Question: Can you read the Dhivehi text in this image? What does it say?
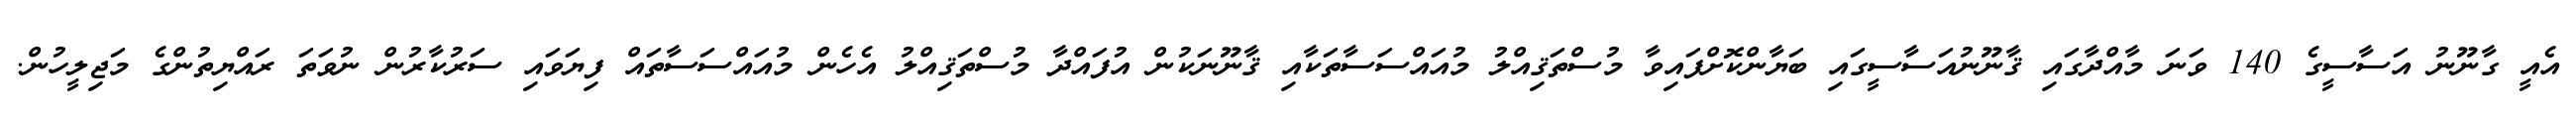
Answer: އެއީ ގާނޫނު އަސާސީގެ 140 ވަނަ މާއްދާގައި ޤާނޫނުއަސާސީގައި ބަޔާންކޮށްފައިވާ މުސްތަޤިއްލު މުއައްސަސާތަކާއި ޤާނޫނަކުން އުފައްދާ މުސްތަޤިއްލު އެހެން މުއައްސަސާތައް ފިޔަވައި ސަރުކާރުން ނުވަތަ ރައްޔިތުންގެ މަޖިލީހުން.